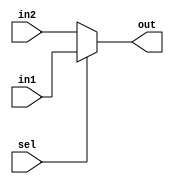
`timescale 1ns / 1ps
//////////////////////////////////////////////////////////////////////////////////
// Company: 
// Engineer: 
// 
// Design Name: 
// Module Name:    ALU_Y_MUX 
// Project Name: 
// Target Devices: 
// Tool versions: 
// Description: 
//
// Dependencies: 
//
// Revision: 
// Revision 0.01 - File Created
// Additional Comments: 
//
//////////////////////////////////////////////////////////////////////////////////
module ALU_Y_MUX(in1,in2,out,sel );
	input [15:0] in1,in2;
	output [15:0] out;
	input sel;
	assign out= sel ? in1: in2;

endmodule